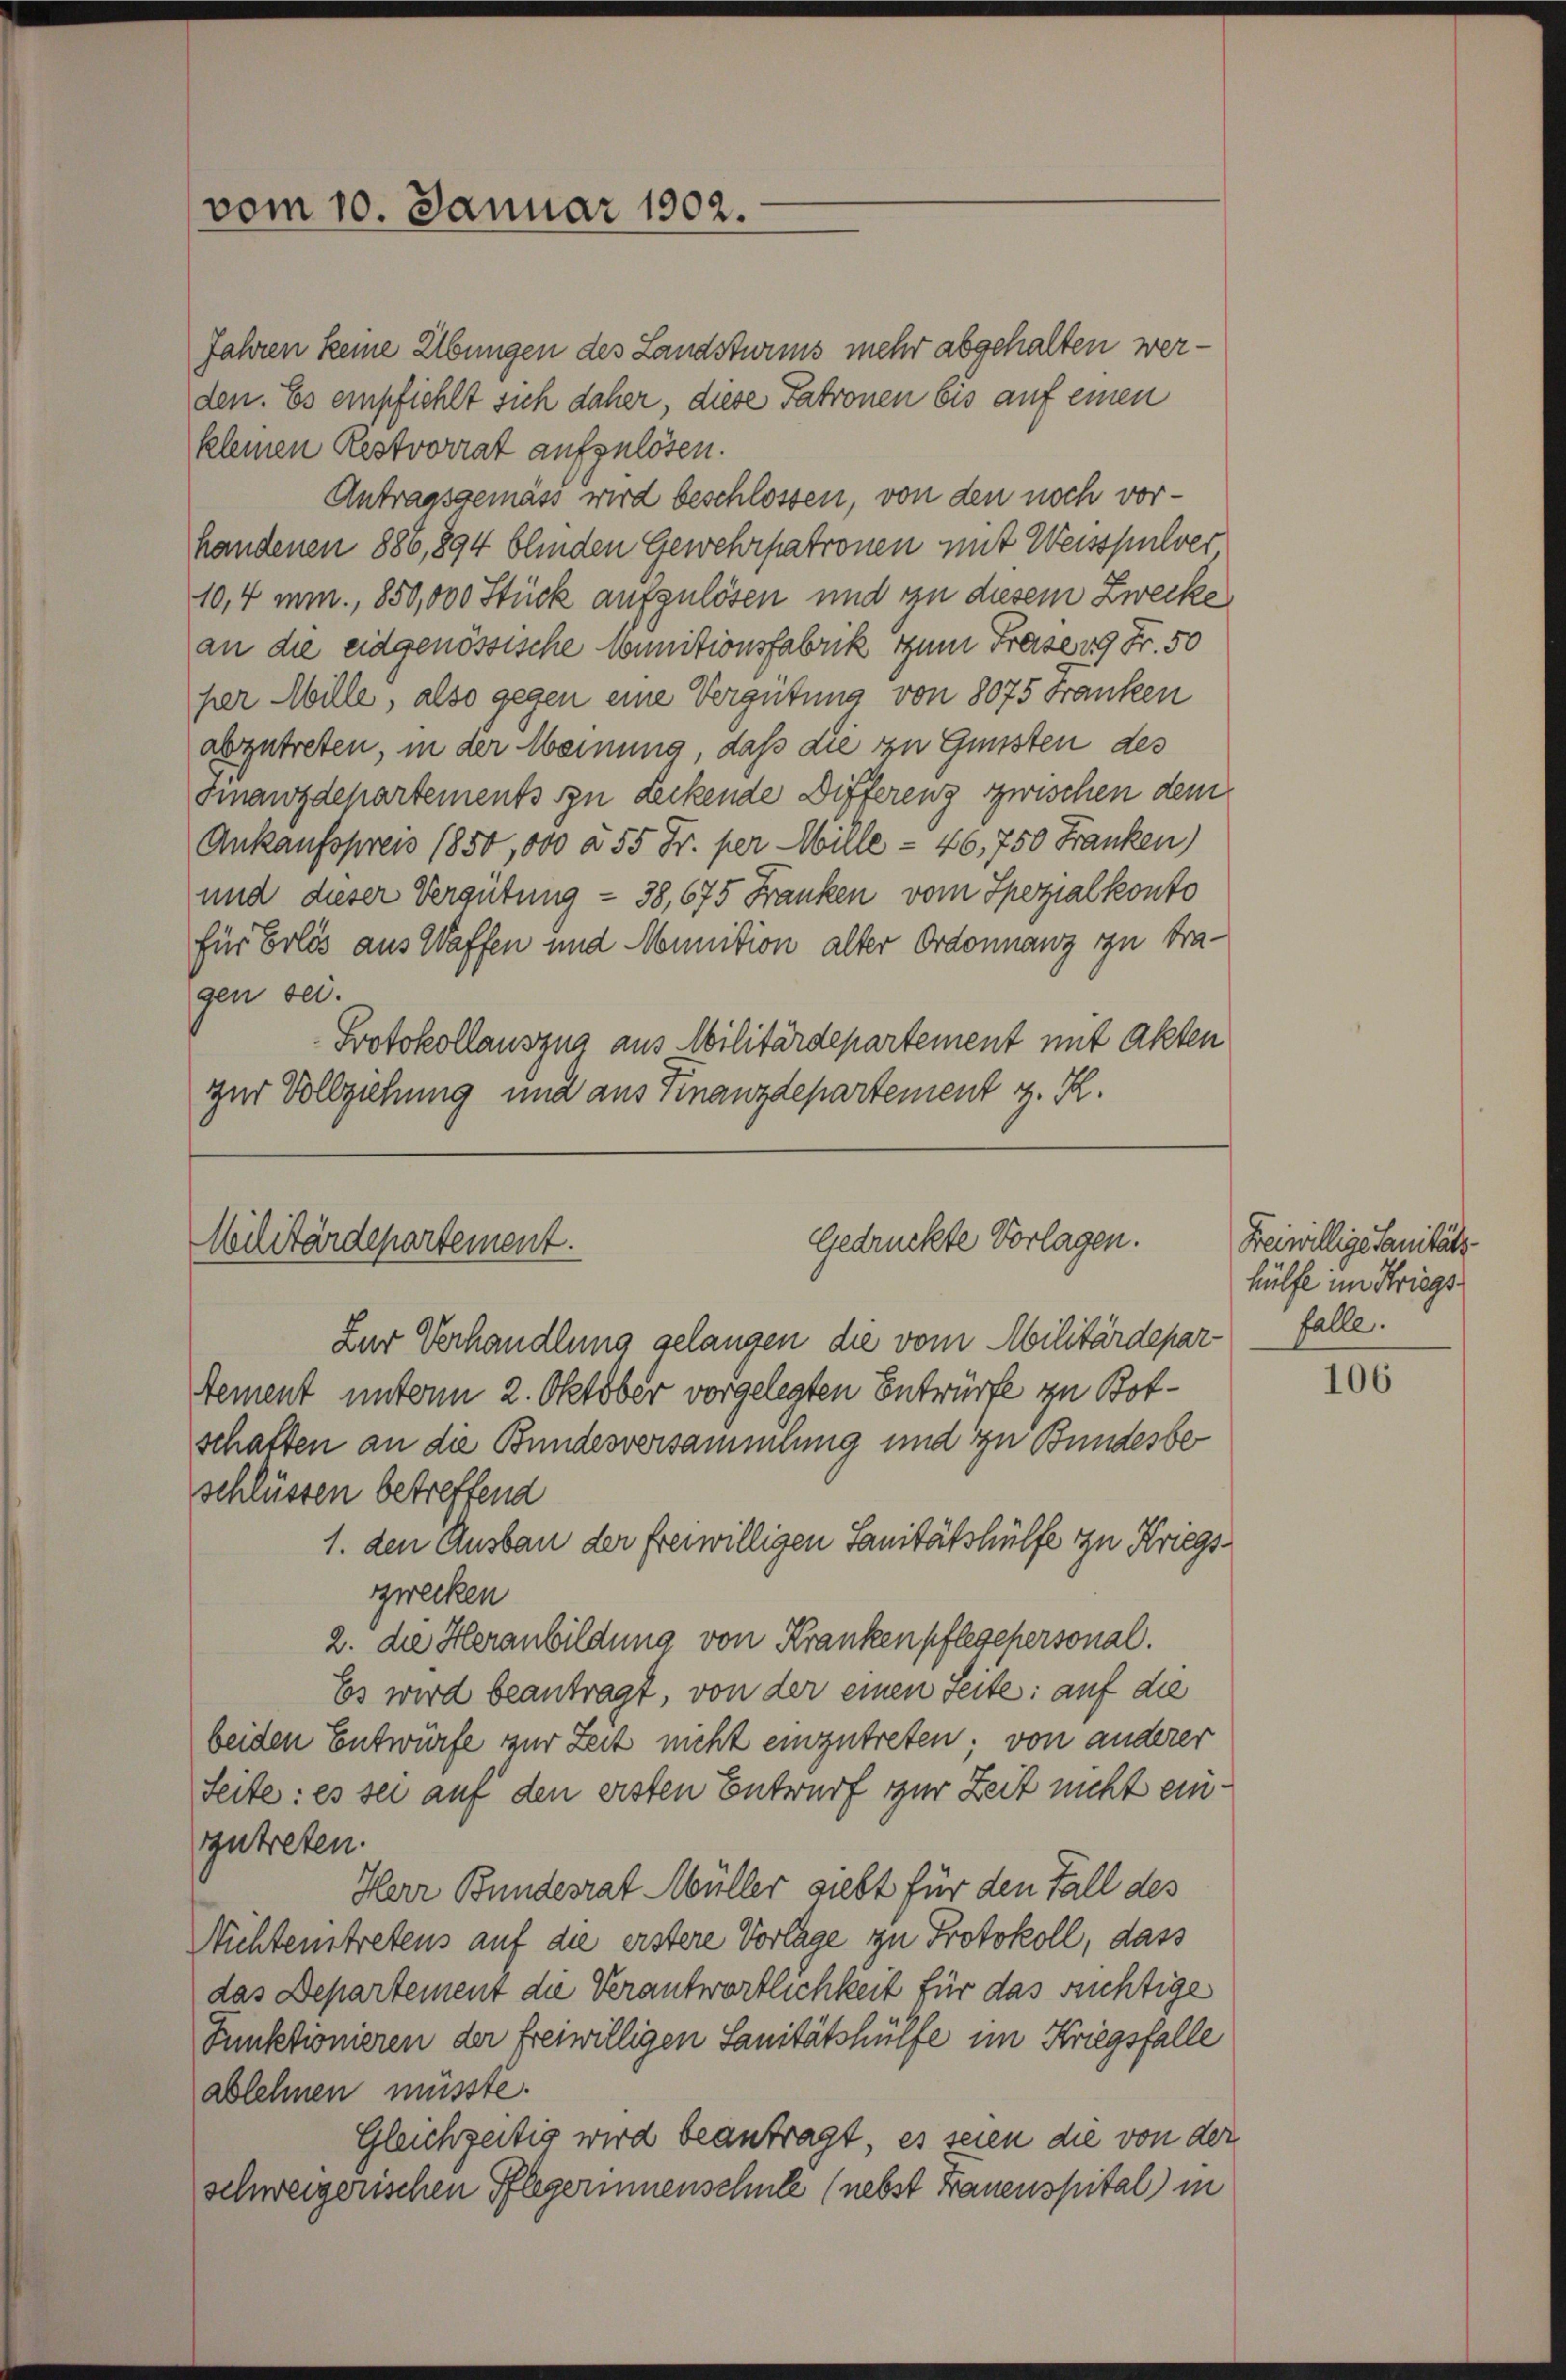
vom 10. Januar 1902.

Gedrückte Vorlagen.
Militärdepartement.

Jahren keine Übungen des Landsturms mehr abgehalten werden. Es empfiehlt sich daher, diese Patronen bis auf einen
kleinen Restvorrat aufzulösen.
Antragsgemäss wird beschlossen, von den noch vorhandenen 886,894 blinden Gewehrpatronen mit Weisspulver
10,4 min., 850,000 Stück aufzulösen und zu diesem Zwecke
an die eidgenössische Munitionsfabrik zum Freise 149 Fr. 50
per Mille, also gegen eine Vergütung von 8075 Franken
abzutreten, in der Meinung, daß die zu Gunsten des
Finanzdepartements in Leckende Differenz zwischen dem
Ankaufspreis 1850,000 à 55 Fr. per Mille - 46,750 Franken)
und dieser Vergütung - 38, 675 Franken vom Spezialkonto
für Erlös aus Waffen und Mounition alter Ordonnanz zu tragen bei.
Protokollauszug aus Militärdepartement mit Akten
zur Vollziehung und aus Finanzdepartement z. R.

Zur Verhandlung gelangen die vom Abilitärdepartement unterm 2. Oktober vorgelegten Entwürfe zu Botschaften an die Bundesversammlung und zu Bundesbeschlüssen betreffend
1. den Ausbau der freiwilligen Sanitätshülfe zu Kriegszwecken
2. die Heranbildung von Krankenpflegepersonal.
Es wird beantragt, von der einen Seite: auf die
beiden Entwürfe zur Zeit nicht einzutreten; von anderer
Seite: es sei auf den ersten Entwurf zur Zeit nicht einzutreten.
Herr Bundesrat Müller giebt für den Fall des
Nichtertretens auf die erstere Vorlage zu Protokoll, dass
das Departement die Verantwortlichkeit für das sichtige
Funktionieren der freiwilligen Sanitätshülfe im Kriegsfalle
ablehnen müsste.
Gleichzeitig wird beantragt, es seien die von der
schweizerischen Pflegerinnenschule (nebst Frauenspital in

Freiwillige Sanitäts
hülfe im Kriegs
falle.

106